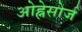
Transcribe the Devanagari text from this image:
ओह्नेसोर्ज